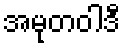
အမုတဝါဒီ